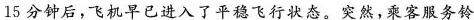
15分钟后，飞机早已进入了平飞行态。突然，乘客服务铃